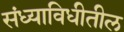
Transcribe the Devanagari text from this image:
संध्याविधीतील